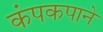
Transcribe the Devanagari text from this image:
कंपकपाने